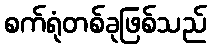
စက်ရုံတစ်ခုဖြစ်သည်